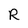
Character: R